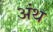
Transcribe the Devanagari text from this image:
अंथ